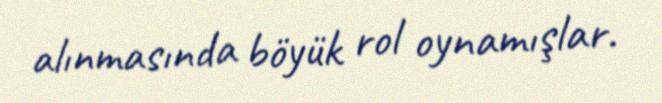
alınmasında böyük rol oynamışlar.